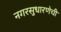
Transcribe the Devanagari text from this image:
नगरसुधारणेची